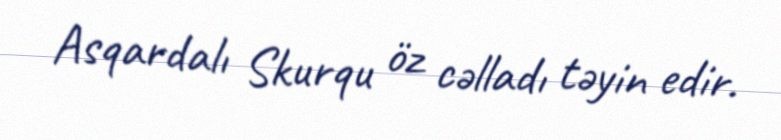
Asqardalı Skurqu öz cəlladı təyin edir.